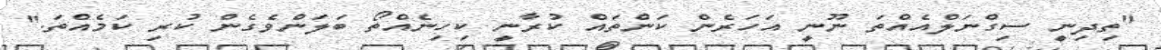
"ތިދިނީ ސިގްނަލްއެއްތަ ނޫނީ އަހަރެން ކަންތައް ކުރާނީ ކިހިނެއްތޯ ބަލަންވެގެން ކުރި ކަމެއްތަ."